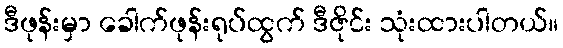
ဒီဖုန်းမှာ ခေါက်ဖုန်းရုပ်ထွက် ဒီဇိုင်း သုံးထားပါတယ်။